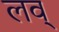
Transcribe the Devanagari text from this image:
लव्